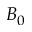
B _ { 0 }